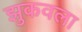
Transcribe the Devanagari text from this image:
झुकवला